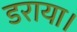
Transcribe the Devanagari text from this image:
डराया।